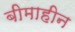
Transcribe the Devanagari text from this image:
बीमाहीन